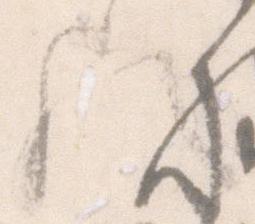
歟